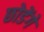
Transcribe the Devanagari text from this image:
छोडेंगे